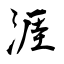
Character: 涯